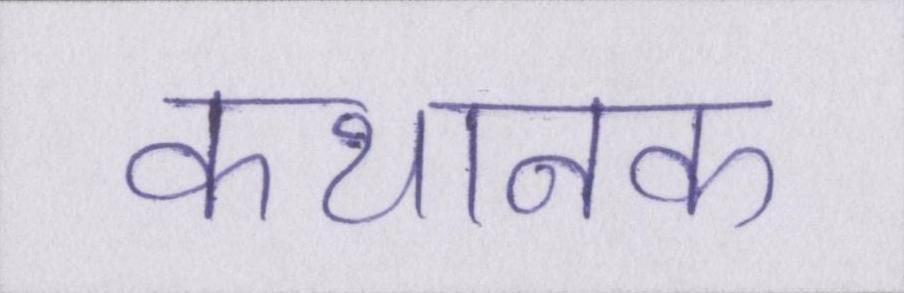
कथानक